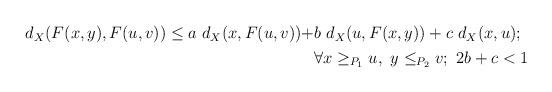
LaTeX: \begin{align*}\begin{aligned}d_X(F(x,y),F(u,v))\leq a\ d_X(x,F(u,v))+& b\ d_X(u, F(x,y))+c\ d_X(x,u);\\& \forall x\geq_{P_1}u,\ y\leq_{P_2}v;\ 2b+c<1\end{aligned}\end{align*}